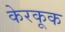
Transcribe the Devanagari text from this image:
केरकूक